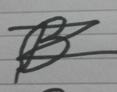
Signature authenticity: forged